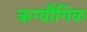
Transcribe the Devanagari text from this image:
ऋग्वौगिक